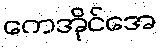
ကေအိုင်အေ